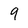
Character: 9